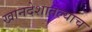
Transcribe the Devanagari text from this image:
खानदेशातल्याच